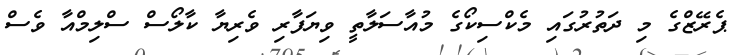
ޕެރޭޒްގެ މި ދަތުރުގައި މެކްސިކޯގެ މުއާސަލާތީ ވިޔަފާރި ވެރިޔާ ކާލޯސް ސްލިމްއާ ވެސް